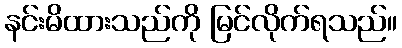
နင်းမိထားသည်ကို မြင်လိုက်ရသည်။